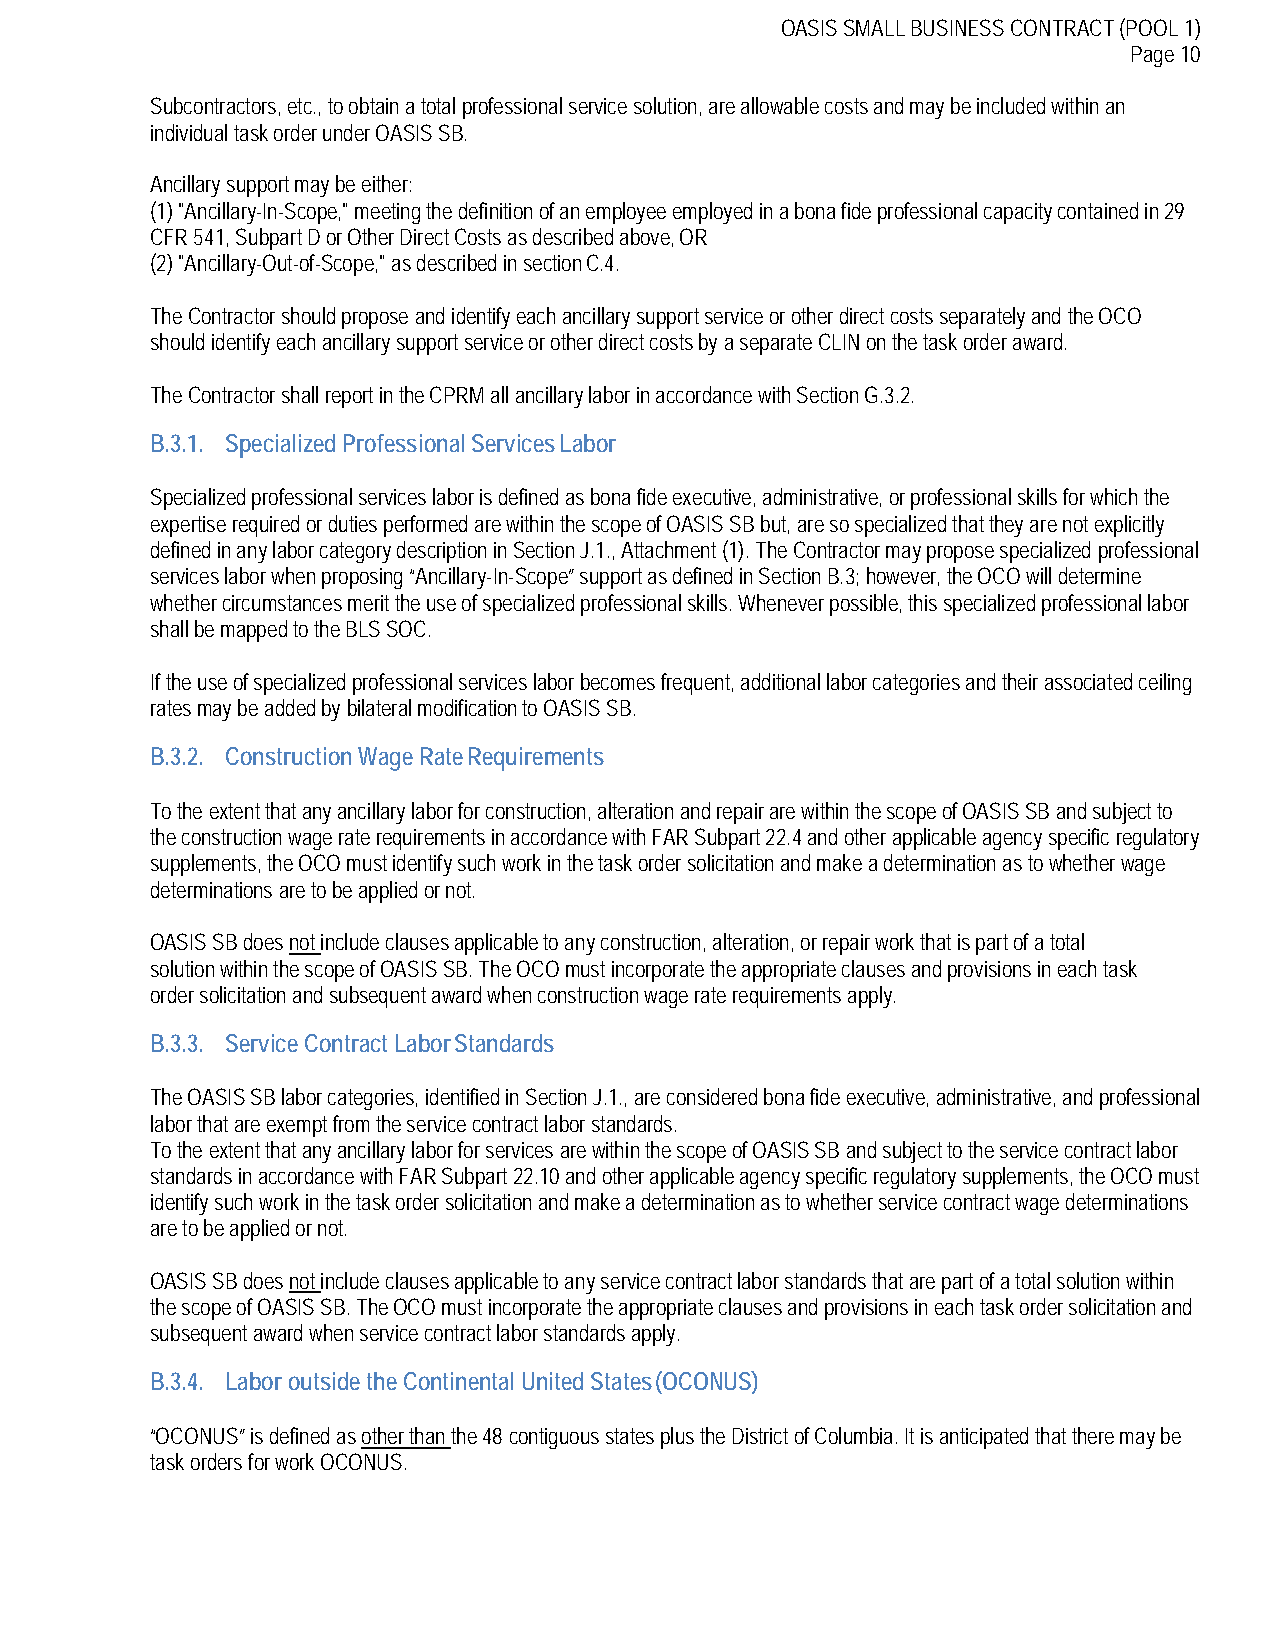
OASIS SMALL BUSINESS CONTRACT (POOL 1)
 Page 10
 Subcontractors, etc., to obtain a total professional service solution, are allowable costs and may be included within an
 individual task order under OASIS SB.
 Ancillary support may be either:
 (1)"Ancillary-In-Scope," meeting the definition of an employee employed in a bona fide professional capacity contained in 29
 CFR 541, Subpart D or Other Direct Costs as described above, OR
 (2)"Ancillary-Out-of-Scope," as described in section C.4.
 The Contractor should propose and identify each ancillary support service or other direct costs separately and the OCO
 should identify each ancillary support service or other direct costs by a separate CLIN on the task order award.
 The Contractor shall report in the CPRM all ancillary labor in accordance with Section G.3.2.
 B.3.1. Specialized Professional Services Labor
 Specialized professional services labor is defined as bona fide executive, administrative, or professional skills for which the
 expertise required or duties performed are within the scope of OASIS SB but, are so specialized that they are not explicitly
 defined in any labor category description in Section J.1., Attachment (1). The Contractor may propose specialized professional
 services labor when proposing “Ancillary-In-Scope” support as defined in Section B.3; however, the OCO will determine
 whether circumstances merit the use of specialized professional skills. Whenever possible, this specialized professional labor
 shall be mapped to the BLS SOC.
 If the use of specialized professional services labor becomes frequent, additional labor categories and their associated ceiling
 rates may be added by bilateral modification to OASIS SB.
 B.3.2. Construction Wage Rate Requirements
 To the extent that any ancillary labor for construction, alteration and repair are within the scope of OASIS SB and subject to
 the construction wage rate requirements in accordance with FAR Subpart 22.4 and other applicable agency specific regulatory
 supplements, the OCO must identify such work in the task order solicitation and make a determination as to whether wage
 determinations are to be applied or not.
 OASIS SB does not include clauses applicable to any construction, alteration, or repair work that is part of a total
 solution within the scope of OASIS SB. The OCO must incorporate the appropriate clauses and provisions in each task
 order solicitation and subsequent award when construction wage rate requirements apply.
 B.3.3. Service Contract Labor Standards
 The OASIS SB labor categories, identified in Section J.1., are considered bona fide executive, administrative, and professional
 labor that are exempt from the service contract labor standards.
 To the extent that any ancillary labor for services are within the scope of OASIS SB and subject to the service contract labor
 standards in accordance with FAR Subpart 22.10 and other applicable agency specific regulatory supplements, the OCO must
 identify such work in the task order solicitation and make a determination as to whether service contract wage determinations
 are to be applied or not.
 OASIS SB does not include clauses applicable to any service contract labor standards that are part of a total solution within
 the scope of OASIS SB. The OCO must incorporate the appropriate clauses and provisions in each task order solicitation and
 subsequent award when service contract labor standards apply.
 B.3.4. Labor outside the Continental United States (OCONUS)
 “OCONUS” is defined as other than the 48 contiguous states plus the District of Columbia. It is anticipated that there may be
 task orders for work OCONUS.